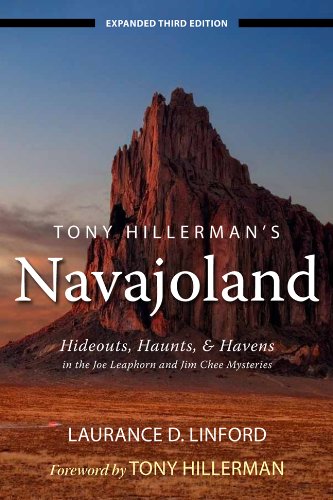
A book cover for Tony Hillerman's Navajoland: Hideouts, Haunts, and Havens in the Joe Leaphorn and Jim Chee Mysteries; Laurance D. Linford; Mystery, Thriller & Suspense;